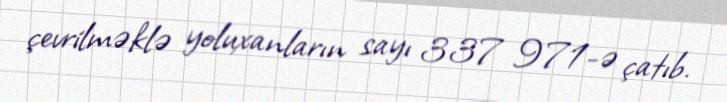
çevrilməklə yoluxanların sayı 337 971-ə çatıb.